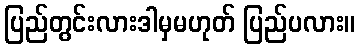
ပြည်တွင်းလားဒါမှမဟုတ် ပြည်ပလား။